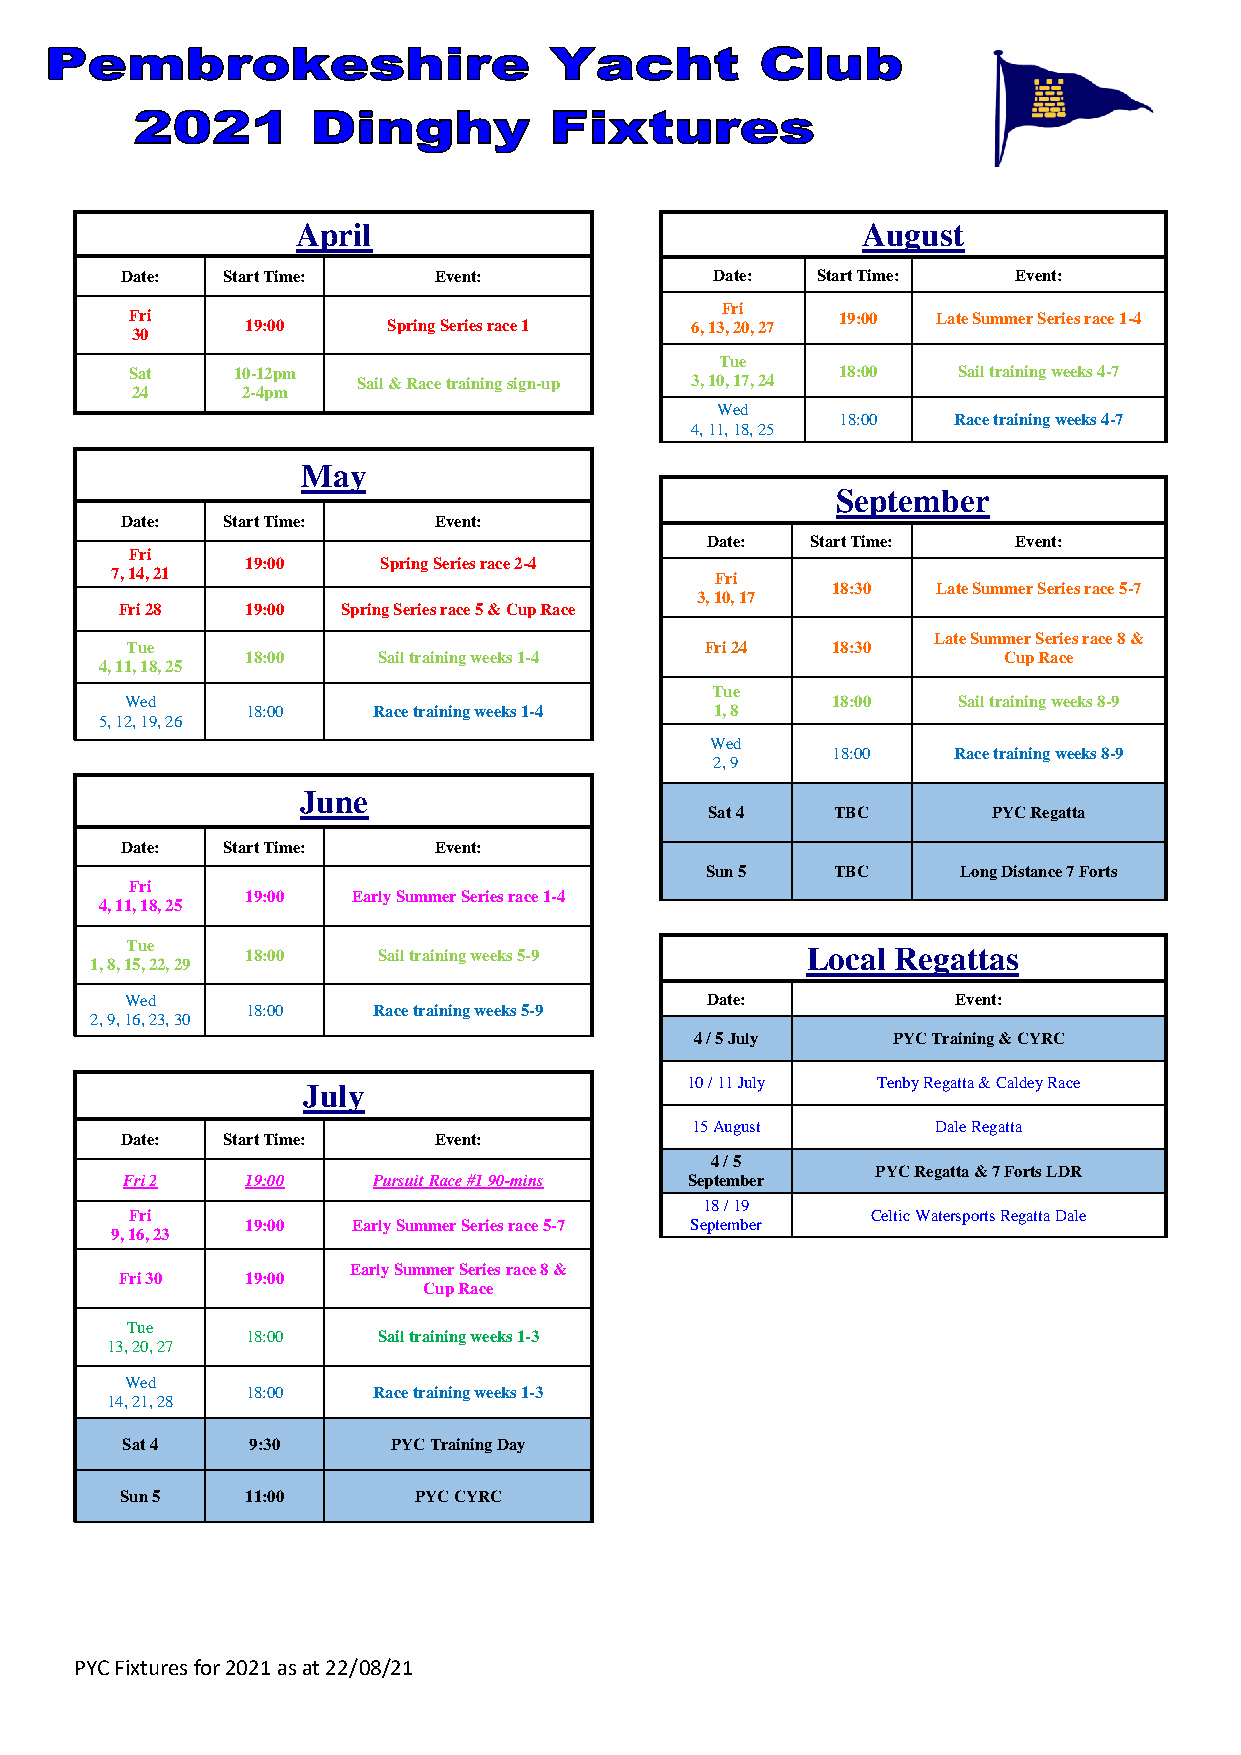
April                                August
 Date:  Start Time:   Event:            Date:  Start Time:  Event:
 Fri
 Fri                                           19:00  Late Summer Series race 1-4
 19:00     Spring Series race 1 6, 13, 20, 27
 30
 Tue
 Sat   10-12pm                                 18:00   Sail training weeks 4-7
 Sail & Race training sign-up 3, 10, 17, 24
 24     2-4pm
 Wed
 4, 11, 18, 25
 18:00  Race training weeks 4-7
 May
 September
 Date:  Start Time:   Event:
 Date:  Start Time:  Event:
 Fri
 19:00    Spring Series race 2-4
 7, 14, 21                               Fri
 18:30  Late Summer Series race 5-7
 3, 10, 17
 Fri 28  19:00  Spring Series race 5 & Cup Race
 Late Summer Series race 8 &
 Tue                                    Fri 24  18:30
 18:00    Sail training weeks 1-4                  Cup Race
 4, 11, 18, 25
 Tue
 Wed                                            18:00   Sail training weeks 8-9
 18:00    Race training weeks 1-4 1, 8
 5, 12, 19, 26
 Wed
 18:00   Race training weeks 8-9
 2, 9
 June
 Sat 4   TBC        PYC Regatta
 Date:  Start Time:   Event:
 Sun 5   TBC      Long Distance 7 Forts
 Fri
 19:00  Early Summer Series race 1-4
 4, 11, 18, 25
 Tue     18:00    Sail training weeks 5-9     Local Regattas
 1, 8, 15, 22, 29
 Wed                                    Date:           Event:
 18:00    Race training weeks 5-9
 2, 9, 16, 23, 30
 4 / 5 July   PYC Training & CYRC
 July                     10 / 11 July Tenby Regatta & Caldey Race
 15 August       Dale Regatta
 Date:  Start Time:   Event:
 4 / 5
 PYC Regatta & 7 Forts LDR
 Fri 2   19:00    Pursuit Race #1 90-mins September
 18 / 19
 Fri                                              Celtic Watersports Regatta Dale
 19:00  Early Summer Series race 5-7 September
 9, 16, 23
 Early Summer Series race 8 &
 Fri 30  19:00
 Cup Race
 Tue
 18:00    Sail training weeks 1-3
 13, 20, 27
 Wed
 18:00    Race training weeks 1-3
 14, 21, 28
 Sat 4    9:30     PYC Training Day
 Sun 5   11:00      PYC CYRC
 PYC Fixtures for 2021 as at 22/08/21